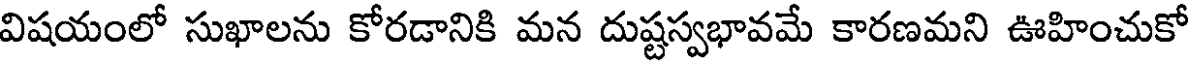
విషయంలో సుఖాలను కోరడానికి మన దుష్టస్వభావమే కారణమని ఊహించుకో